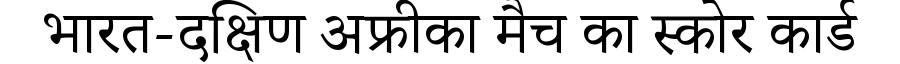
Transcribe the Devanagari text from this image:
भारत-दक्षिण अफ्रीका मैच का स्कोर कार्ड